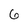
Character: 6